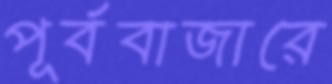
পূর্ববাজারে